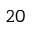
^ { 2 0 }